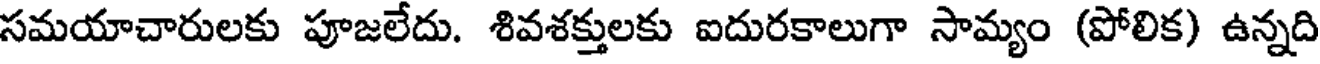
సమయాచారులకు పూజలేదు. శివశక్తులకు ఐదురకాలుగా సామ్యం (పోలిక) ఉన్నది